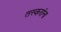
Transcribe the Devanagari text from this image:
तस्करांना